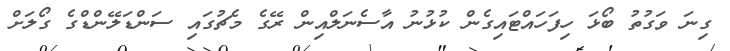
ގިނަ ވަގުތު ބޯޅަ ހިފަހައްޓައިގެން ކުޅުނު އާސެނަލްއިން ރޭގެ މެޗުގައި ސަންޑަލޭންޑްގެ ގޯލަށް